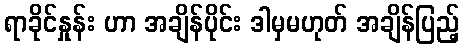
ရာခိုင်နှုန်း ဟာ အချိန်ပိုင်း ဒါမှမဟုတ် အချိန်ပြည့်